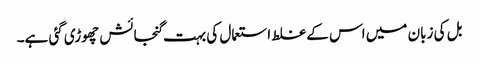
بل کی زبان میں اس کے غلط استعمال کی بہت گنجائش چھوڑی گئی ہے۔